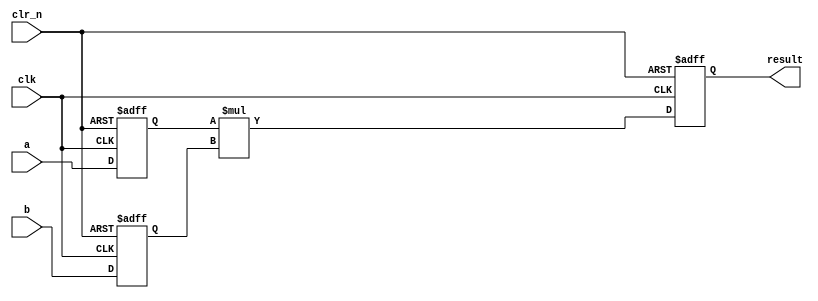
module mult2i1o
#(parameter integer WIDTH = 8)
(
	input clk, clr_n,
	input [WIDTH-1:0] a, b,
	output reg [(WIDTH*2)-1:0] result
);

reg [WIDTH-1:0] atemp, btemp;

always @ (posedge clk, negedge clr_n)
begin
	if (!clr_n) begin
		atemp <= 0;
		btemp <= 0;
		result <= 0;
	end
	else begin
		atemp <= a;
		btemp <= b;
		result <= atemp * btemp;
	end
end

endmodule